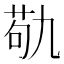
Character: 𮏆